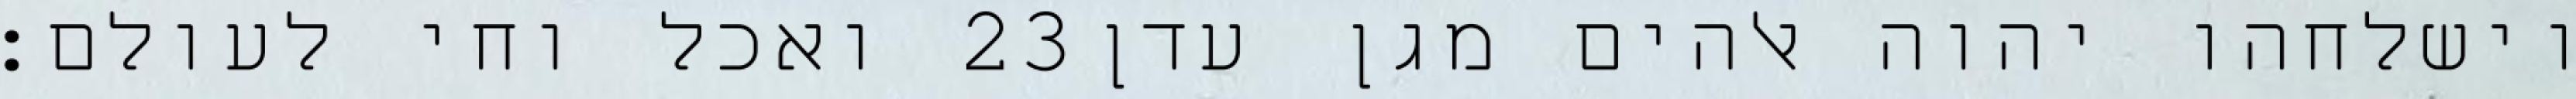
ואכל וחי לעולם׃ ‎23‏ וישלחהו יהוה אלהים מגן עדן